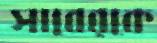
সাবেরকে